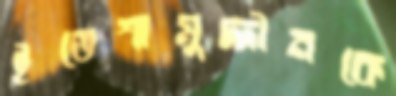
ইতেশামুদ্দীনকে